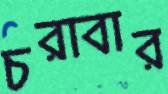
চরাবার